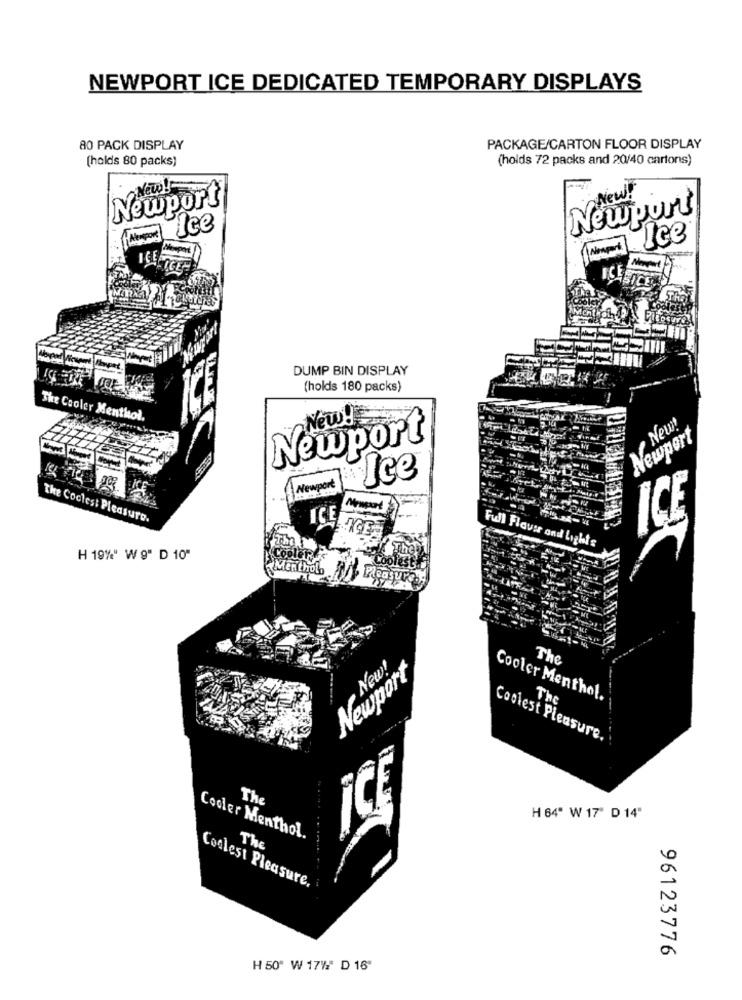
NEWPORT ICE DEDICATED TEMPORARY DISPLAYS
80 PACK DISPLAY
PACKAGE/CARTON FLOOR DISPLAY
(holds 80 packs)
(holds 72 packs and 20/40 cartons)
New!
New!
Newport
Newport
Ice
DUMP BIN DISPLAY
(holds 180 packs)
The Cooler Menthol.
New!
New!
Newport
Newport
Ice
Newport
The Coolest Pleasure.
ICE
Full Flaver and Lights
H 19%" W 9" D 10"
Menthols % Pleasureog
The
Newport
New!
Cooler Menthol.
The
Coolest Pleasure.
The
H 64" W 17' D 14"
Cooler Menthol.
The
Coolest Pleasure.
96123776
H 50" W 17%" D 16"